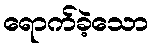
ရောက်ခဲ့သော